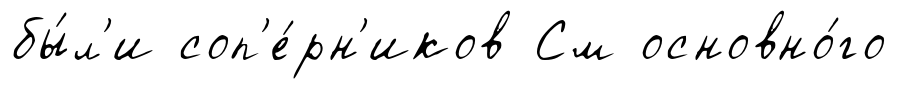
бы́л'и соп'е́рн'иков См основно́го